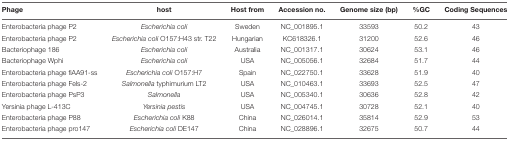
<table><thead><tr><td><b>Phage</b></td><td><b>host</b></td><td><b>Host from</b></td><td><b>Accession no.</b></td><td><b>Genome size (bp)</b></td><td><b>%GC</b></td><td><b>Coding Sequences</b></td></tr></thead><tbody><tr><td>Enterobacteria phage P2</td><td><i>Escherichia coli</i></td><td>Sweden</td><td>NC_001895.1</td><td>33593</td><td>50.2</td><td>43</td></tr><tr><td>Enterobacteria phage P2</td><td><i>Escherichia coli</i> O157:H43 str. T22</td><td>Hungarian</td><td>KC618326.1</td><td>31200</td><td>52.6</td><td>46</td></tr><tr><td>Bacteriophage 186</td><td><i>Escherichia coli</i></td><td>Australia</td><td>NC_001317.1</td><td>30624</td><td>53.1</td><td>46</td></tr><tr><td>Bacteriophage Wphi</td><td><i>Escherichia coli</i></td><td>USA</td><td>NC_005056.1</td><td>32684</td><td>51.7</td><td>44</td></tr><tr><td>Enterobacteria phage fiAA91-ss</td><td><i>Escherichia coli</i> O157:H7</td><td>Spain</td><td>NC_022750.1</td><td>33628</td><td>51.9</td><td>40</td></tr><tr><td>Enterobacteria phage Fels-2</td><td><i>Salmonella</i> typhimurium LT2</td><td>USA</td><td>NC_010463.1</td><td>33693</td><td>52.5</td><td>47</td></tr><tr><td>Enterobacteria phage PsP3</td><td><i>Salmonella</i></td><td>USA</td><td>NC_005340.1</td><td>30636</td><td>52.8</td><td>42</td></tr><tr><td>Yersinia phage L-413C</td><td><i>Yersinia pestis</i></td><td>USA</td><td>NC_004745.1</td><td>30728</td><td>52.1</td><td>40</td></tr><tr><td>Enterobacteria phage P88</td><td><i>Escherichia coli</i> K88</td><td>China</td><td>NC_026014.1</td><td>35814</td><td>52.9</td><td>53</td></tr><tr><td>Enterobacteria phage pro147</td><td><i>Escherichia coli</i> DE147</td><td>China</td><td>NC_028896.1</td><td>32675</td><td>50.7</td><td>44</td></tr></tbody></table>